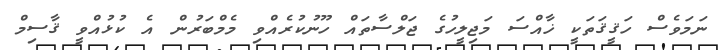
ނަމަވެސް ހަޤީޤަތަކީ ޚާއްސަ މަޖިލީހުގެ ޖަލްސާތައް ހޫނުކުރެއްވި މެމްބަރުން އެ ކުޅުއްވީ ޤާސިމް